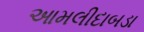
આમલીદાબડા